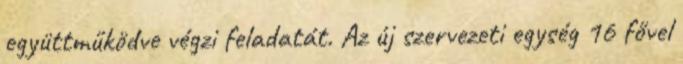
együttműködve végzi feladatát. Az új szervezeti egység 16 fővel